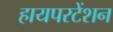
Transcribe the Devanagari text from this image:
हायपरटेंशन